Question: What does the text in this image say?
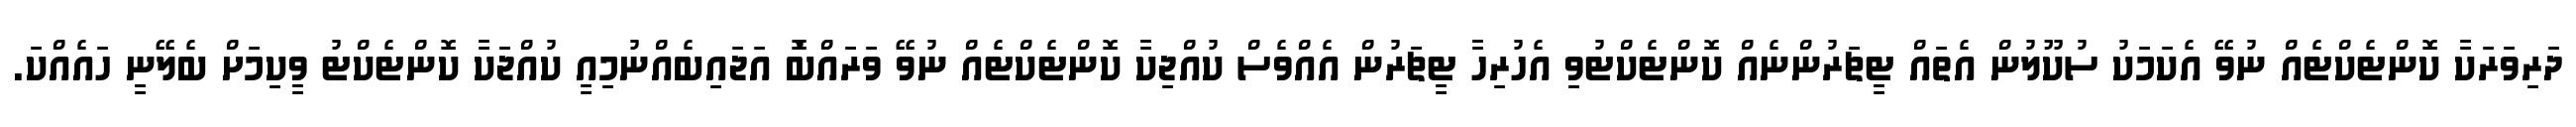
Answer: ދަރިވަރަކާ ކޮންޓެކްޓެއް ނުވޭ އެކަމަކު ސުކޫލުން އެތައް ޓީޗަރުންނެއް ކޮންޓެކްޓުވި އެހުރިހާ ޓީޗަރުން އެއްވެސް ކުއްޖިކާ ކޮންޓެކްޓެއް ނުވޭ ވަރައްބޮު އަޖައިބެއްނުމިއީ ކުއްޖަކާ ކޮންޓެކްޓު ވީކިމަށް ބެލޭނީ ހައެއްކަ.